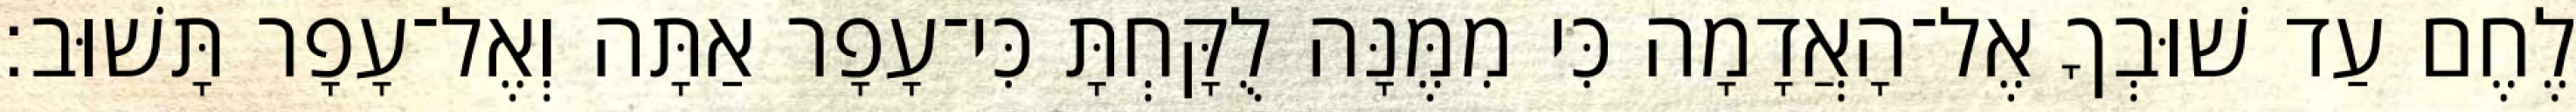
לֶחֶם עַד שׁוּבְךָ אֶל־הָאֲדָמָה כִּי מִמֶּנָּה לֻקָּחְתָּ כִּי־עָפָר אַתָּה וְאֶל־עָפָר תָּשׁוּב׃